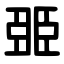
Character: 臦